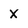
Character: x